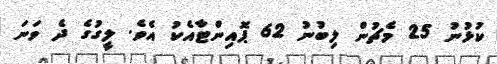
ކުޅުނު 25 މެޗުން ލިބުނު 62 ޕޮއިންޓާއެކު އެވެ. ލީގުގެ ދެ ވަނަ